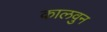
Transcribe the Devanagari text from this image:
कालवुन